Insane asylums in Bengal annual reports 1867-1875 - 1867-1875
Year: 1867
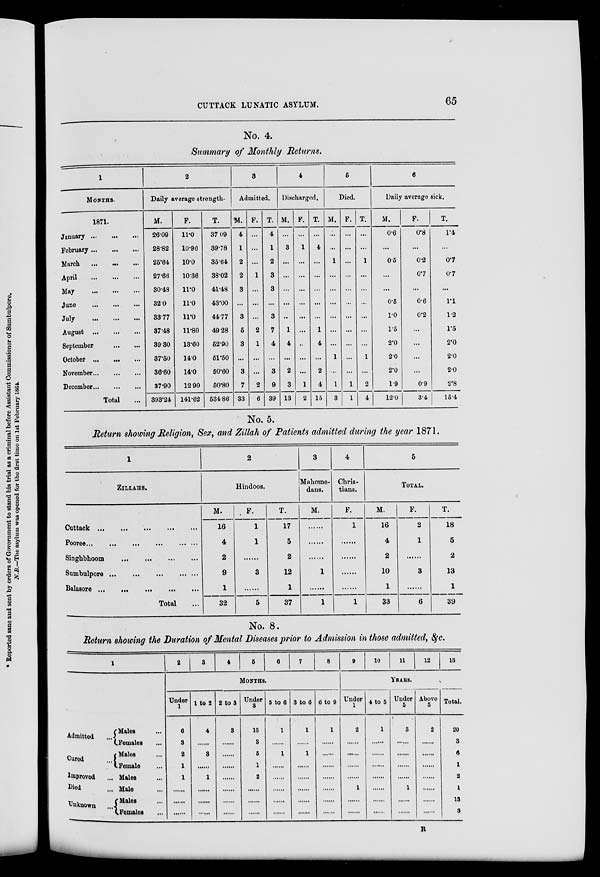
CUTTACK LUNATIC ASYLUM.
65
No. 4.
Summary of Monthly Returns.
1
MONTHS.
1871.
January
...
...
...
February
...
...
...
March
...
...
...
April
...
...
...
May
...
...
...
June
...
...
...
July
...
...
...
August
...
...
...
September
...
...
October
...
...
...
November ... ... ...
December
...
...
...
Total ...
2
Daily average strength.
M.
26.09
28.82
25.64
27.66
30.48
32.0
33.77
37.48
39.30
37.50
36.60
37.90
393.24
F.
11.0
10.96
10.0
10.36
11.0
11.0
11.0
11.80
13.60
14.0
14.0
12.90
141.62
T.
37.09
39.78
35.64
38.02
41.48
43.00
44.77
49.28
52.90
51.50
50.60
50.80
534.86
3
Admitted.
M.
4
1
2
2
3
...
3
5
3
...
3
7
33
F.
...
...
...
1
...
...
...
2
1
...
...
2
6
T.
4
1
2
3
3
...
3
7
4
...
3
9
39
4
Discharged.
M.
...
3
...
...
...
...
..
1
4
...
2
3
13
F.
...
1
...
...
...
...
...
...
...
...
...
1
2
T.
...
4
...
...
...
...
...
1
4
...
2
4
15
5
Died.
M.
...
...
1
...
...
...
...
...
...
1
...
1
3
F.
...
...
...
...
...
...
...
...
...
...
...
1
1
T.
...
...
1
...
...
...
...
...
...
1
...
2
4
6
Daily average sick.
M.
0.6
...
0.5
...
...
0.5
1.0
1.5
2.0
2.0
2.0
1.9
12.0
F.
0.8
...
0.2
0.7
...
0.6
0.2
...
...
...
...
0.9
3.4
T.
1.4
...
0.7
0.7
...
1.1
1.2
1.5
2.0
2.0
2.0
2.8
15.4
No. 5.
Return showing Religion, Sex, and Zillah of Patients admitted during the year 1871.
1
ZlLLAHS.
Cuttack ...
...
...
...
...
Pooree
...
...
...
...
...
...
Singhbhoom ...
...
...
...
Sumbulpore
...
...
...
...
...
Balasore ... ... ... ... ...
Total ...
2
Hindoos.
M.
16
4
2
9
1
32
F.
1
1
......
3
......
5
T.
17
5
2
12
1
37
3
Mahome-
dans.
M.
......
......
......
1
......
1
4
Chris-
tians.
F.
1
......
......
......
......
1
5
TOTAL.
M.
16
4
2
10
1
33
F.
2
1
......
3
......
6
T.
18
5
2
13
1
39
No. 8.
Return showing the Duration of Mental Diseases prior to Admission in those admitted, &c.
1
Admitted ...
Cured ...
Improved ...
Died ...
Unknown ...
Males ...
Females ...
Males ...
Female ...
Males ...
Male ...
Males ...
Females ...
2
3
4
5
6
7
8
MONTHS.
Under
1
6
3
2
1
1
......
......
......
1 to 2
4
......
3
......
1
......
......
......
2 to 3
3
......
......
......
......
......
......
......
Under
3
13
3
5
1
2
......
......
......
5 to 6
1
......
1
......
......
......
......
......
3 to 6
1
......
1
......
......
......
......
......
6 to 9
1
......
......
......
......
......
......
9
10
11
12
13
YEARS.
Under
1
2
......
......
......
......
1
......
......
4 to 5
1
......
......
......
......
......
......
......
Under
5
3
......
......
......
......
1
......
......
Above
5
2
......
......
......
......
......
......
......
Total.
20
3
6
1
2
1
13
3
R